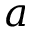
a